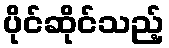
ပိုင်ဆိုင်သည့်